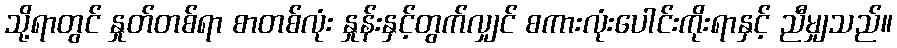
သို့ရာတွင် နှုတ်တစ်ရာ စာတစ်လုံး နှုန်းနှင့်တွက်လျှင် စကားလုံးပေါင်းကိုးရာနှင့် ညီမျှသည်။